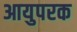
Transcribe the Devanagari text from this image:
आयुपरक